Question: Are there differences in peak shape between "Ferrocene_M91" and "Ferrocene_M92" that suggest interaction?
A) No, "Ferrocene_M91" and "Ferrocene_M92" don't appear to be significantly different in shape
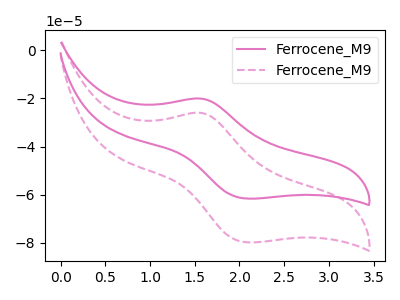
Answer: <think>The pink curve "Ferrocene_M91" has an anodic peak at (1.60V, -20.10uA) and a cathodic peak at (2.10V, -61.60uA). The pink dashed curve "Ferrocene_M92" has an anodic peak at (1.60V, -26.00uA) and a cathodic peak at (2.10V, -79.75uA).
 All the peaks in "Ferrocene_M91" have a peak in "Ferrocene_M92" at the same potential.</think>
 <answer>A) No, "Ferrocene_M91" and "Ferrocene_M92" don't appear to be significantly different in shape</answer>
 <eval>A</eval>